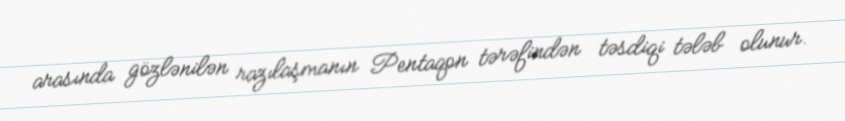
arasında gözlənilən razılaşmanın Pentaqon tərəfindən təsdiqi tələb olunur.